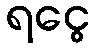
ရငွေ